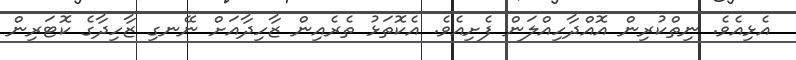
އެޅިއެވެ. ނިތްކުރިން އޮއްދާހިއްލަން ފެށިއެވެ. އެކޮތަޅު ތެރެއިން ޒާހިދާއަށް ނޭނގި ޒާހިދާގެ ކޮޓަރިން